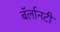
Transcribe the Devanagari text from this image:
बॅर्लानटी